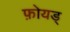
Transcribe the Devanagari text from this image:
फ़ोयड्